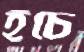
হঁচে